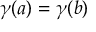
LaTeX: \gamma ( a ) = \gamma ( b )